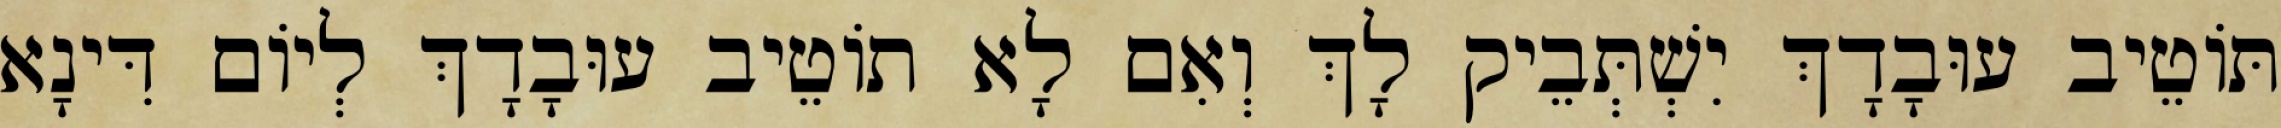
תּוֹטֵיב עוּבָדָךְ יִשְׁתְּבֵיק לָךְ וְאִם לָא תוֹטֵיב עוּבָדָךְ לְיוֹם דִּינָא